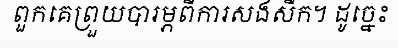
ពួកគេព្រួយបារម្ភពីការសងសឹក។ ដូច្នេះ